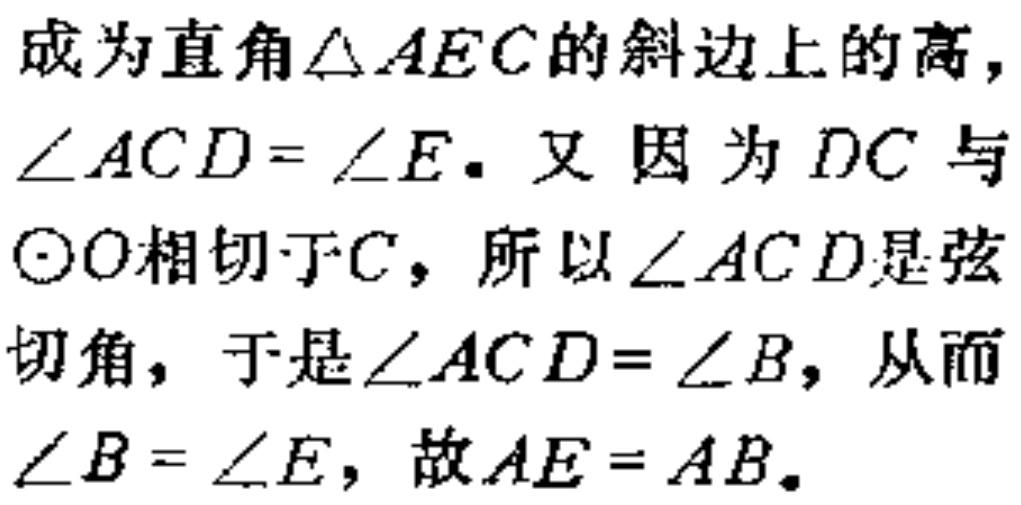
成为直角$\triangle AEC$的斜边上的高，
$\angle ACD = \angle E$. 又 因 为$DC$与
$\odot O$相切于$C$，所以$\angle ACD$是弦
切角，于是$\angle ACD = \angle B$，从而
$\angle B = \angle E$，故$AE = AB$.